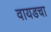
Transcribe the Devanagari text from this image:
वायडचा